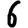
Digit: 6